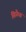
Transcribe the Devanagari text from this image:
सिनैप्स